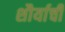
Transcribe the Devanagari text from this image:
शौर्याचीं